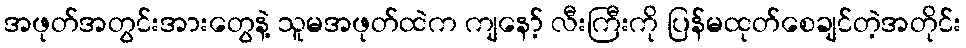
အဖုတ်အတွင်းအားတွေနဲ့ သူမအဖုတ်ထဲက ကျနော့် လီးကြီးကို ပြန်မထုတ်စေချင်တဲ့အတိုင်း